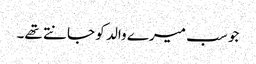
جو سب میرے والد کو جانتے تھے۔